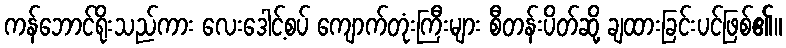
ကန်ဘောင်ရိုးသည်ကား လေးဒေါင့်စပ် ကျောက်တုံးကြီးများ စီတန်းပိတ်ဆို့ ချထားခြင်းပင်ဖြစ်၏။